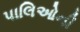
પાલિઓની